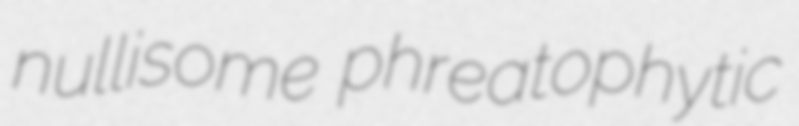
nullisome phreatophytic